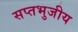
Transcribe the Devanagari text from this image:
सप्तभुजीय